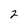
Character: 2